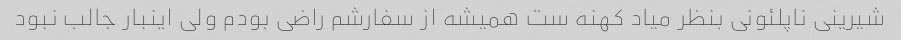
شیرینی ناپلئونی بنظر میاد کهنه ست همیشه از سفارشم راضی بودم ولی اینبار جالب نبود